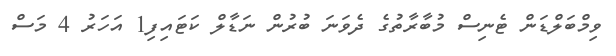
ވިމްބަލްޑަން ޓެނިސް މުބާރާތުގެ ދެވަނަ ބުރުން ނަޑާލް ކަޓައިފި1 އަހަރު 4 މަސް